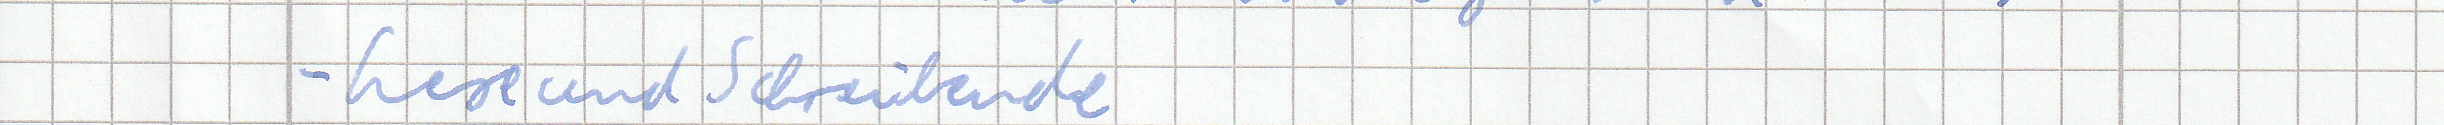
- Lese und Schreibende